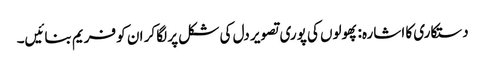
دستکاری کا اشارہ: پھولوں کی پوری تصویر دل کی شکل پر لگا کر ان کو فریم بنائیں۔